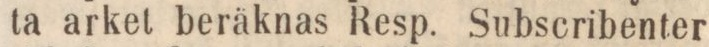
ta arket beräknas Resp. Subscribenter